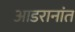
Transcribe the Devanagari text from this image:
आडरानांत